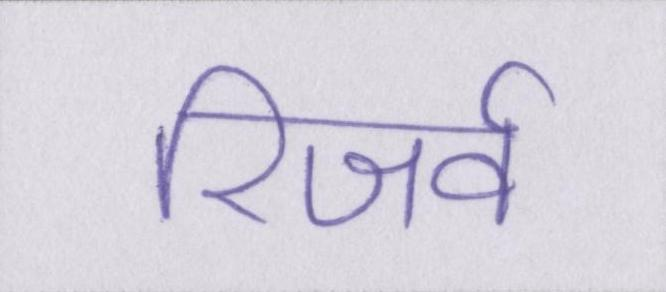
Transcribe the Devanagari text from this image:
रिजर्व